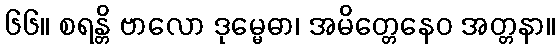
၆၆။ စရန္တိ ဗာလော ဒုမ္မေဓာ၊ အမိတ္တေနေဝ အတ္တနာ။